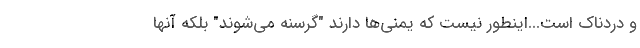
و دردناک است...اینطور نیست که یمنی‌ها دارند "گرسنه می‌شوند" بلکه آنها